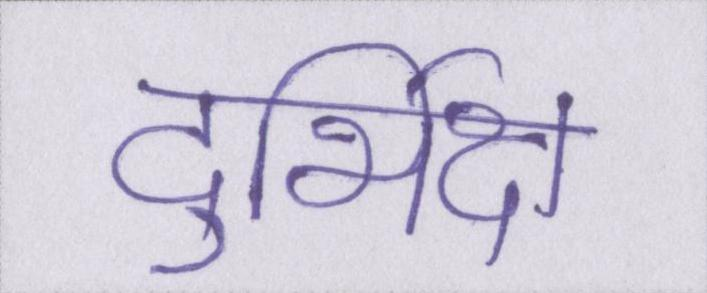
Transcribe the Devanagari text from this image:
दुर्भिक्ष